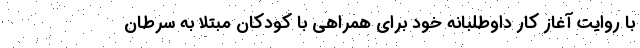
با روایت آغاز کار داوطلبانه خود برای همراهی با کودکان مبتلا به سرطان